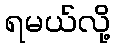
ရမယ်လို့